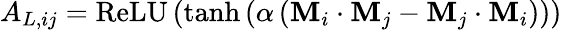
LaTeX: {A}_{L,ij}=\operatorname{ReLU}\left(\operatorname{tanh}\left(\alpha\left(\mathbf{M}_{i}\cdot\mathbf{M}_{j}-\mathbf{M}_{j}\cdot\mathbf{M}_{i}\right)\right)\right)